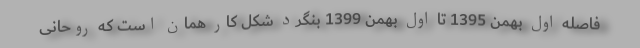
فاصله اول بهمن 1395 تا اول بهمن 1399 بنگرد شکل کار همان است که روحانی